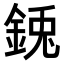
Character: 𮡺